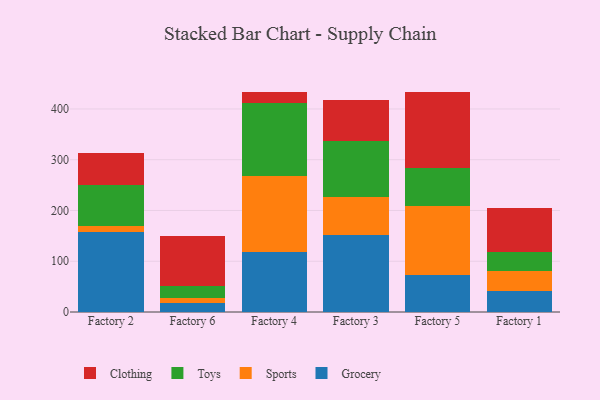
{"axis": {"x": "Factory", "y": "Inventory Turnover"}, "legend": ["Clothing", "Grocery", "Sports", "Toys"], "data": [{"x": "Factory 2", "y": 158.4, "type": "Grocery"}, {"x": "Factory 2", "y": 11.4, "type": "Sports"}, {"x": "Factory 2", "y": 79.8, "type": "Toys"}, {"x": "Factory 2", "y": 63.9, "type": "Clothing"}, {"x": "Factory 6", "y": 17.9, "type": "Grocery"}, {"x": "Factory 6", "y": 9.1, "type": "Sports"}, {"x": "Factory 6", "y": 24.9, "type": "Toys"}, {"x": "Factory 6", "y": 97.5, "type": "Clothing"}, {"x": "Factory 4", "y": 118.6, "type": "Grocery"}, {"x": "Factory 4", "y": 148.9, "type": "Sports"}, {"x": "Factory 4", "y": 145.0, "type": "Toys"}, {"x": "Factory 4", "y": 21.7, "type": "Clothing"}, {"x": "Factory 3", "y": 151.1, "type": "Grocery"}, {"x": "Factory 3", "y": 74.6, "type": "Sports"}, {"x": "Factory 3", "y": 111.1, "type": "Toys"}, {"x": "Factory 3", "y": 80.4, "type": "Clothing"}, {"x": "Factory 5", "y": 72.0, "type": "Grocery"}, {"x": "Factory 5", "y": 137.1, "type": "Sports"}, {"x": "Factory 5", "y": 74.9, "type": "Toys"}, {"x": "Factory 5", "y": 149.2, "type": "Clothing"}, {"x": "Factory 1", "y": 41.2, "type": "Grocery"}, {"x": "Factory 1", "y": 38.8, "type": "Sports"}, {"x": "Factory 1", "y": 37.3, "type": "Toys"}, {"x": "Factory 1", "y": 87.6, "type": "Clothing"}]}